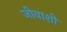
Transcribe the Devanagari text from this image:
जीवाशी